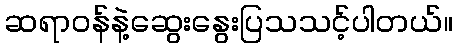
ဆရာဝန်နဲ့ဆွေးနွေးပြသသင့်ပါတယ်။